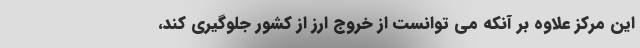
این مرکز علاوه بر آنکه می توانست از خروج ارز از کشور جلوگیری کند،